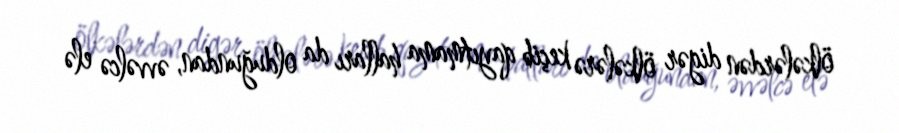
ölkələrdən digər ölkələrə keçib qayıtmama halları da olduğundan, əvvəlcə elə